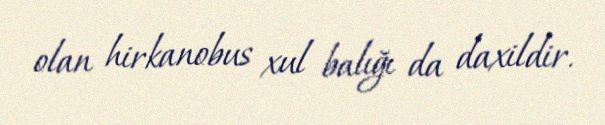
olan hirkanobus xul balığı da daxildir.